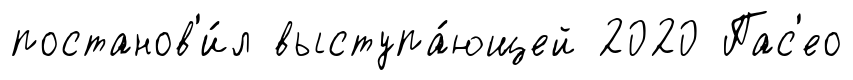
постанов'и́л выступа́ющей 2020 Пас'ео